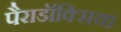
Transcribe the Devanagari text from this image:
पैराडॉक्सिया